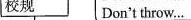
校规 Don't throw…